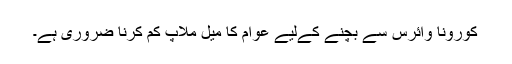
کورونا وائرس سے بچنے کےلیے عوام کا میل ملاپ کم کرنا ضروری ہے۔